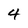
Character: 4